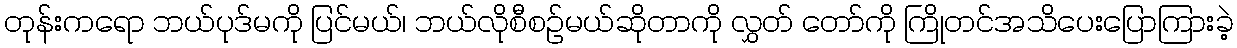
တုန်းကရော ဘယ်ပုဒ်မကို ပြင်မယ်၊ ဘယ်လိုစီစဉ်မယ်ဆိုတာကို လွှတ် တော်ကို ကြိုတင်အသိပေးပြောကြားခဲ့